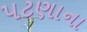
પટણાના